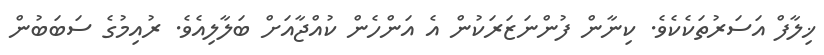
ޚިލާފް އަސަރުތަކެކެވެ. ކިނާން ފުންނަޒަރަކުން އެ އަންހެން ކުއްޖާއަށް ބަލާލިއެވެ. ރުއިމުގެ ސަބަބުން